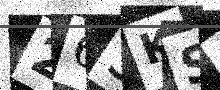
Text: 263KS7